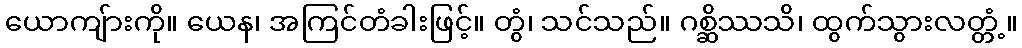
ယောကျ်ားကို။ ယေန၊ အကြင်တံခါးဖြင့်။ တွံ၊ သင်သည်။ ဂစ္ဆိဿသိ၊ ထွက်သွားလတ္တံ့။